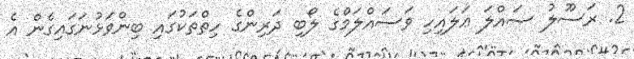
2. ރަސޫލު ޞައްލަ ޢަލައިހި ވަސައްލަމްގެ ލޯބި ދަރިންގެ ހިތްތަކުގައި ބިންވަޅުނަގައިގެން އެ